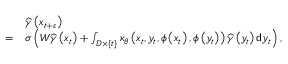
\begin{array} { r l } & { \widehat { \gamma } \left( x _ { t + \varepsilon } \right) } \\ { = } & { \sigma \left( W \widehat { \gamma } \left( x _ { t } \right) + \int _ { D \times \{ t \} } \kappa _ { \theta } \left( x _ { t } , y _ { t } , \phi \left( x _ { t } \right) , \phi \left( y _ { t } \right) \right) \widehat { \gamma } \left( y _ { t } \right) \mathsf { d } y _ { t } \right) , } \end{array}